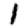
Digit: 1